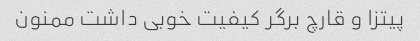
پیتزا و قارچ برگر کیفیت خوبی داشت ممنون